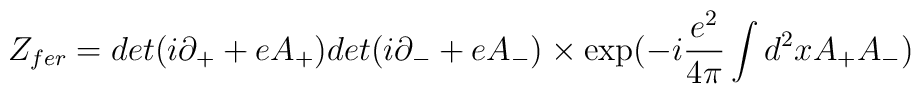
Z_{fer} = det (i\partial_+ + e A_+) det (i\partial_- + e A_-)\times \exp ( - i\frac{e^2}{4\pi} \int d^2x A_+ A_- )